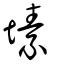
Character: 塐